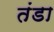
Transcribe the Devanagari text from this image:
तंडा